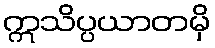
ဣသိပ္ပယာတမှိ